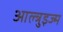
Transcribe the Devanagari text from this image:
आल्त्रुइज्म